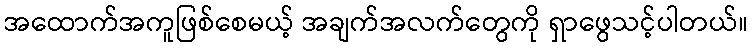
အထောက်အကူဖြစ်စေမယ့် အချက်အလက်တွေကို ရှာဖွေသင့်ပါတယ်။